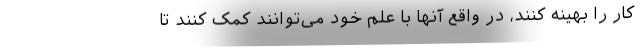
کار را بهینه‌ کنند، در واقع آنها با علم خود می‌توانند کمک کنند تا